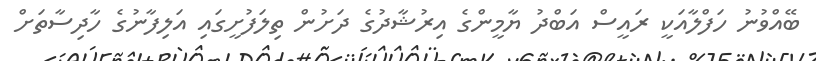
ބޭއްވުނު ހަފްލާއަކީ ރައީސް އަބްދު ޔާމީންގެ އިރުޝާދުގެ ދަށުން ތިލަފުށީގައި އަލިފާނުގެ ހާދިސާތަށް